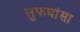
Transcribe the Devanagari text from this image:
लुफथांसा